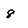
Character: 8